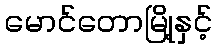
မောင်တောမြို့နှင့်